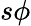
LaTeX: s\phi